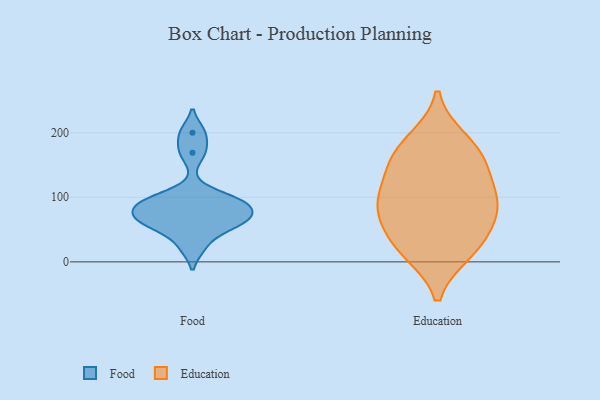
{"axis": {"x": "Net Income (USD K)", "y": "Value"}, "legend": ["Education", "Food"], "data": [{"x": "", "y": 91, "type": "Food"}, {"x": "", "y": 24, "type": "Food"}, {"x": "", "y": 66, "type": "Food"}, {"x": "", "y": 89, "type": "Food"}, {"x": "", "y": 89, "type": "Food"}, {"x": "", "y": 59, "type": "Food"}, {"x": "", "y": 68, "type": "Food"}, {"x": "", "y": 169, "type": "Food"}, {"x": "", "y": 200, "type": "Food"}, {"x": "", "y": 58, "type": "Food"}, {"x": "", "y": 100, "type": "Food"}, {"x": "", "y": 22, "type": "Education"}, {"x": "", "y": 71, "type": "Education"}, {"x": "", "y": 82, "type": "Education"}, {"x": "", "y": 174, "type": "Education"}, {"x": "", "y": 188, "type": "Education"}, {"x": "", "y": 152, "type": "Education"}, {"x": "", "y": 149, "type": "Education"}, {"x": "", "y": 113, "type": "Education"}, {"x": "", "y": 30, "type": "Education"}, {"x": "", "y": 95, "type": "Education"}, {"x": "", "y": 16, "type": "Education"}, {"x": "", "y": 84, "type": "Education"}]}